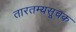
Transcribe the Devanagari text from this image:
तारतम्यसूचक